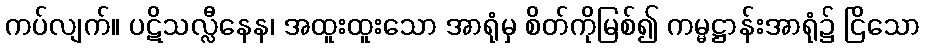
ကပ်လျက်။ ပဋိသလ္လီနေန၊ အထူးထူးသော အာရုံမှ စိတ်ကိုမြစ်၍ ကမ္မဋ္ဌာန်းအာရုံ၌ ငြိသော